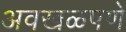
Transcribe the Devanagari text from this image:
अवखळपणे